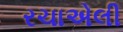
રચાએલી